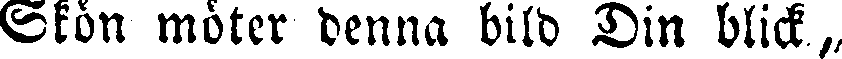
Skön möter denna bild Din blick,,